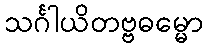
သင်္ဂါယိတဗ္ဗဓမ္မော